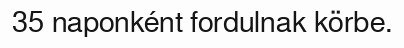
35 naponként fordulnak körbe.